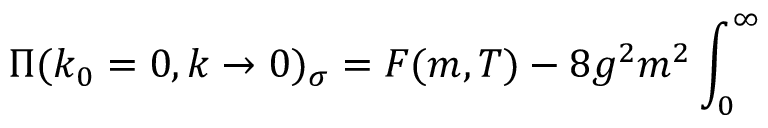
\Pi ( k _ { 0 } = 0 , k \to 0 ) _ { \sigma } = { \cal F } ( m , T ) - 8 g ^ { 2 } m ^ { 2 } \int _ { 0 } ^ { \infty }